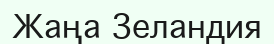
Жаңа Зеландия